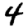
Digit: 4